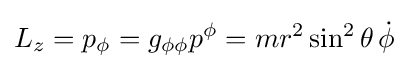
L_{z}=p_{\phi }=g_{\phi \phi }p^{\phi }=mr^{2}\sin ^{2}\theta \,{\dot {\phi }}